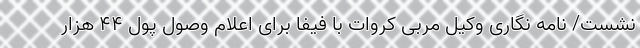
نشست/ نامه نگاری وکیل مربی کروات با فیفا برای اعلام وصول پول 44 هزار